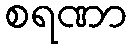
စရဏာ